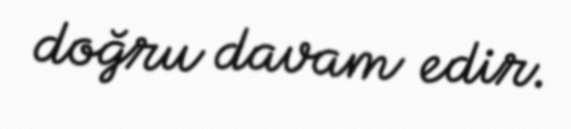
doğru davam edir.